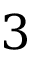
3